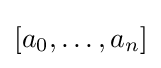
[a_{0},\dots ,a_{n}]